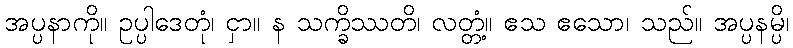
အပ္ပနာကို။ ဥပ္ပါဒေတုံ၊ ငှာ။ န သက္ခိဿတိ၊ လတ္တံ့။ ဧသ ဧသော၊ သည်။ အပ္ပနမ္ပိ၊